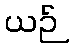
ယဉ်